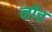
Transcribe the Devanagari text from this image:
नोंच